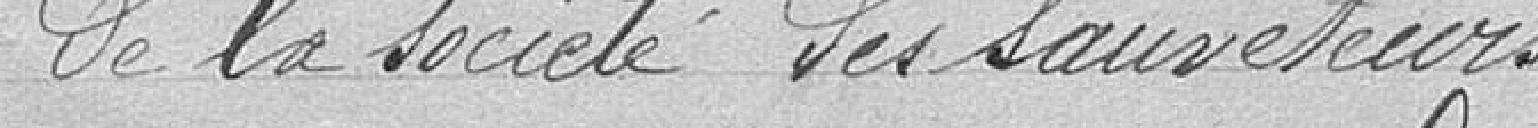
de la société des sauveteurs